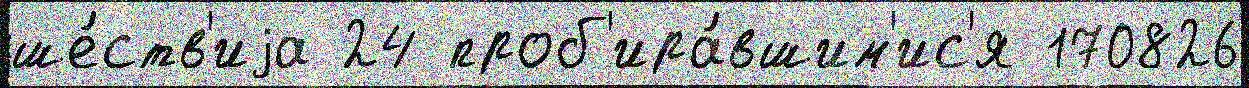
ше́ств'иjа 24 проб'ира́вшим'ис'я 170826